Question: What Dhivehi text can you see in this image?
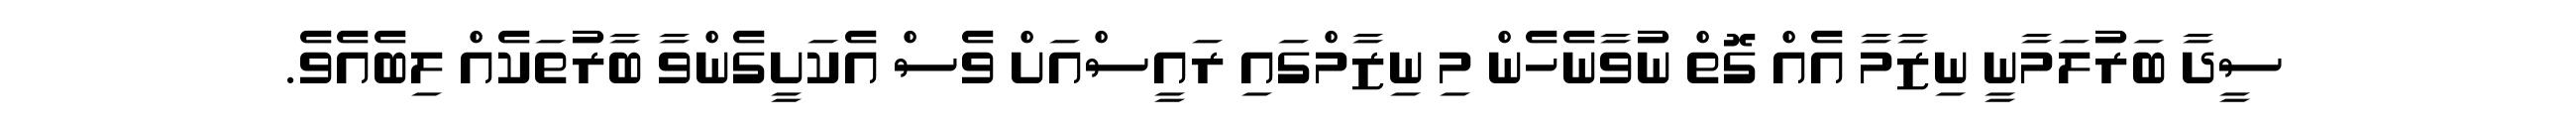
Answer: ސީދާ ބަރުލަމާނީ ނިޒާމާ އެއް ގޮތް ނުވާނެހެން މި ނިޒާމްގައި ރައީސްއަށް ވެސް އެކަށީގެންވާ ބާރުތަކެއް ލިބެއެވެ.